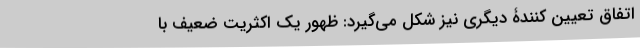
اتفاقِ تعیین کنندۀ دیگری نیز شکل می‌گیرد: ظهورِ یک اکثریتِ ضعیف با